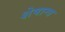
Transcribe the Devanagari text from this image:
शेषान्त्र